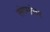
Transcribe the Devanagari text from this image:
संगमांतर